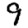
Digit: 9